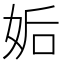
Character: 姤